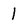
Character: l